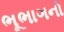
ભૂભાગનો